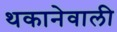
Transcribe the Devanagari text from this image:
थकानेवाली